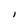
Character: l